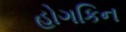
હોગકિન